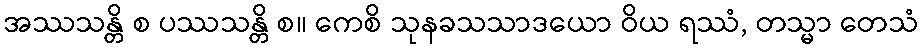
အဿသန္တိ စ ပဿသန္တိ စ။ ကေစိ သုနခသသာဒယော ဝိယ ရဿံ, တသ္မာ တေသံ